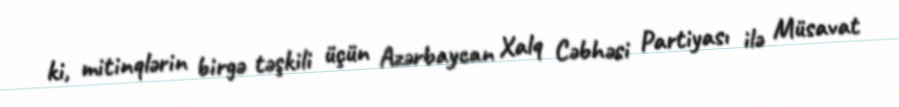
ki, mitinqlərin birgə təşkili üçün Azərbaycan Xalq Cəbhəsi Partiyası ilə Müsavat